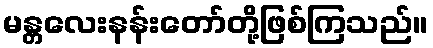
မန္တလေးနန်းတော်တို့ဖြစ်ကြသည်။